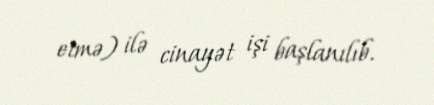
etmə) ilə cinayət işi başlanılıb.